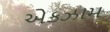
એકઝામ